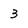
Character: 3